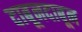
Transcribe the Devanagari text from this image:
दाबूनदाबून